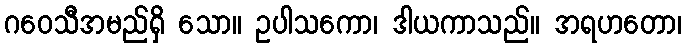
ဂဝေသီအမည်ရှိ သော။ ဥပါသကော၊ ဒါယကာသည်။ အရဟတော၊